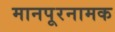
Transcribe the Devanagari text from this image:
मानपूरनामक